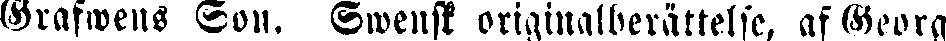
Grafwens Son. Swenst originalberättelse, af Georg